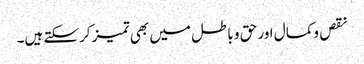
نقص وکمال اور حق و باطل میں بھی تمیز کرسکتے ہیں۔